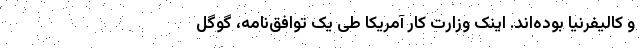
و کالیفرنیا بوده‌اند. اینک وزارت کار آمریکا طی یک توافق‌نامه، گوگل